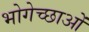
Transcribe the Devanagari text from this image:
भोगेच्छाओं